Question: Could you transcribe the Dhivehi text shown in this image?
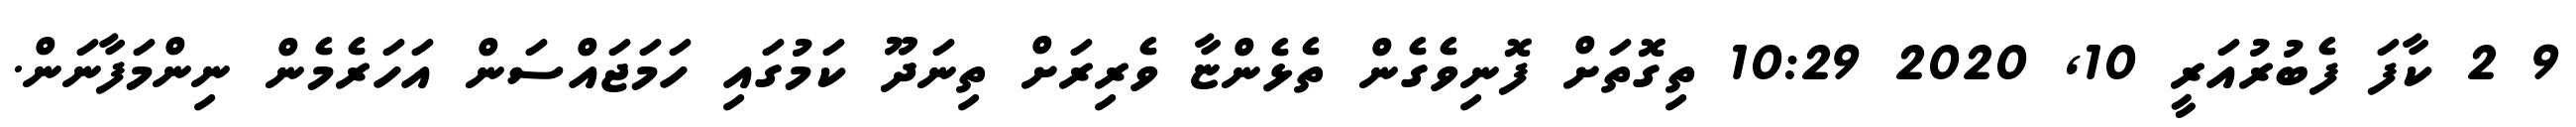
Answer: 9 2 ކާފަ ފެބުރުއަރީ 10, 2020 10:29 ތިގޮތަށް ފޮނިވެގެން ތެޅެންޏާ ވެރިރަށް ތިނަދޫ ކަމުގައި ހަމަޖައްސަން އަހަރެމެން ނިންމަފާނަން.